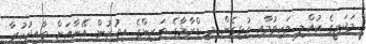
މަދަވީގެ ކުއްލި ވަކިވުމާއި ގުޅިގެން މި ޑްރާމާގެ ތަރިންގެ އިތުރުން އޭނާއަށް ތާއިދުކުރާ